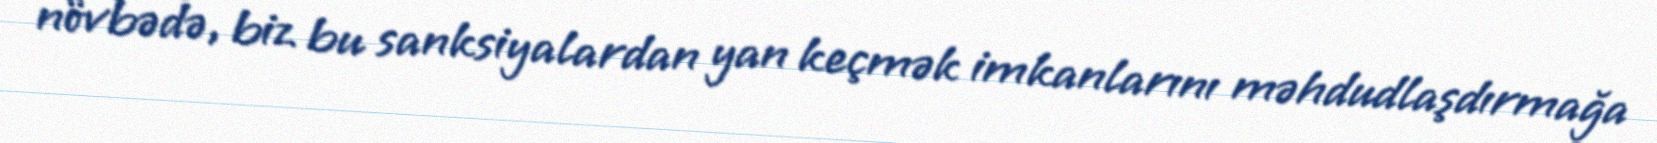
növbədə, biz bu sanksiyalardan yan keçmək imkanlarını məhdudlaşdırmağa